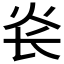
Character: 𰝾